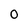
Character: 0